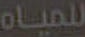
للمياه